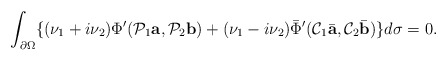
\begin{align*}\int_{\partial\Omega}\{(\nu_1+i\nu_2)\Phi'(\mathcal P_1 \mbox{\bf a},\mathcal P_2 \mbox{\bf b})+(\nu_1-i\nu_2)\bar\Phi'(\mathcal C_1\bar {\mbox{\bf a}},\mathcal C_2\bar {\mbox{\bf b}})\}d\sigma=0.\end{align*}